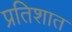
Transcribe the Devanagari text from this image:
प्रतिशात